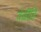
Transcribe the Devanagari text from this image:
वेळींहि